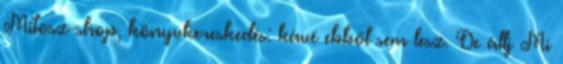
Mitosz-shop, könyvkereskedés: kávé ebből sem lesz. De állj Mi